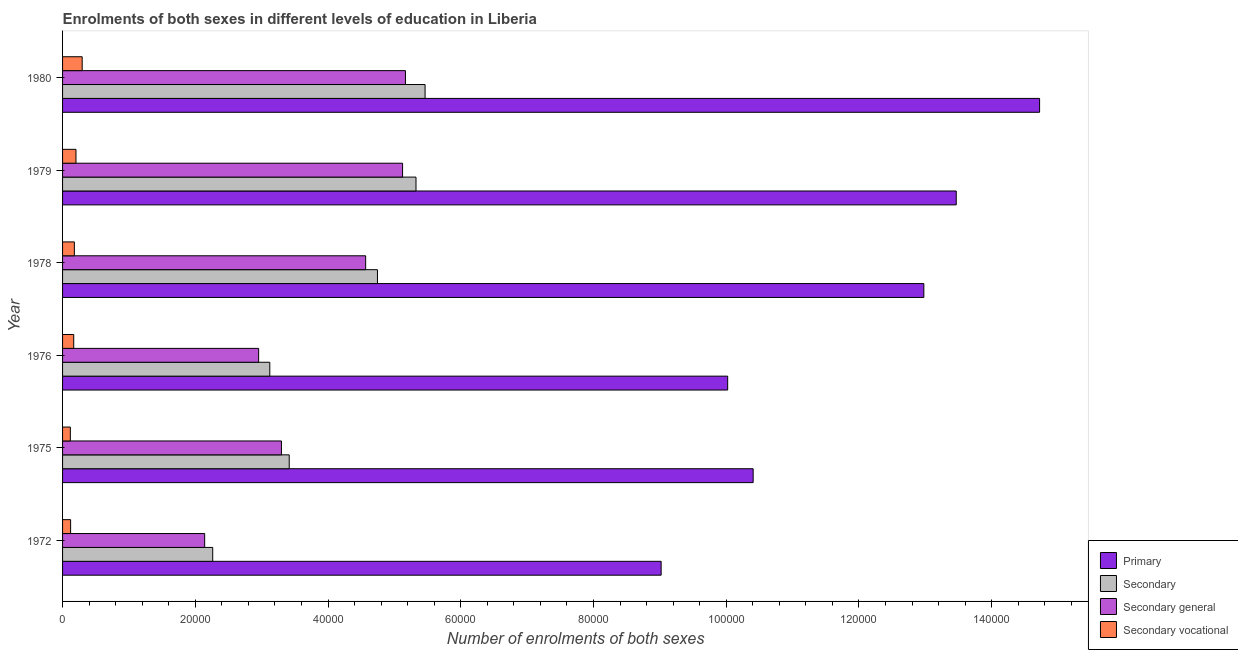
| Year | Primary | Secondary | Secondary general | Secondary vocational |
 | --- | --- | --- | --- | --- |
 | 1972 | 9.02e+04 | 2.26e+04 | 2.14e+04 | 1.21e+03 |
 | 1975 | 1.04e+05 | 3.42e+04 | 3.3e+04 | 1.17e+03 |
 | 1976 | 1e+05 | 3.12e+04 | 2.95e+04 | 1.68e+03 |
 | 1978 | 1.3e+05 | 4.74e+04 | 4.57e+04 | 1.78e+03 |
 | 1979 | 1.35e+05 | 5.33e+04 | 5.12e+04 | 2.02e+03 |
 | 1980 | 1.47e+05 | 5.46e+04 | 5.17e+04 | 2.96e+03 |